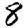
Digit: 8